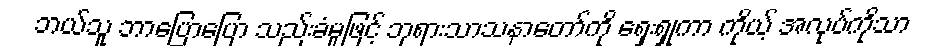
ဘယ်သူ ဘာပြောပြော သည်းခံမှုဖြင့် ဘုရားသာသနာတော်ကို ရှေးရှုကာ ကိုယ့် အလုပ်ကိုသာ